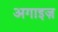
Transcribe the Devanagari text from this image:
अगाइज़